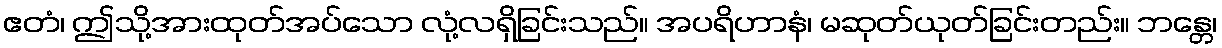
ဧတံ၊ ဤသို့အားထုတ်အပ်သော လုံ့လရှိခြင်းသည်။ အပရိဟာနံ၊ မဆုတ်ယုတ်ခြင်းတည်း။ ဘန္တေ၊